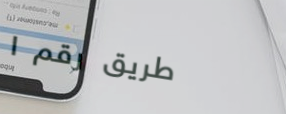
طريق رقم ١